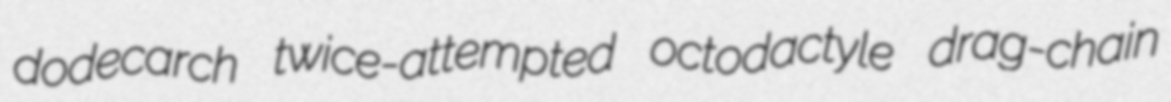
dodecarch twice-attempted octodactyle drag-chain